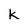
Character: k